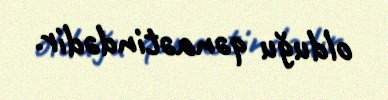
olduğu qənaətindədir.